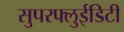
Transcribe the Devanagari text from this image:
सुपरफ्लुईडिटी